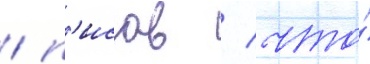
/ п'исав / что́